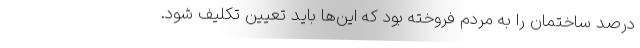
درصد ساختمان را به مردم فروخته بود که این‌ها باید تعیین تکلیف شود.